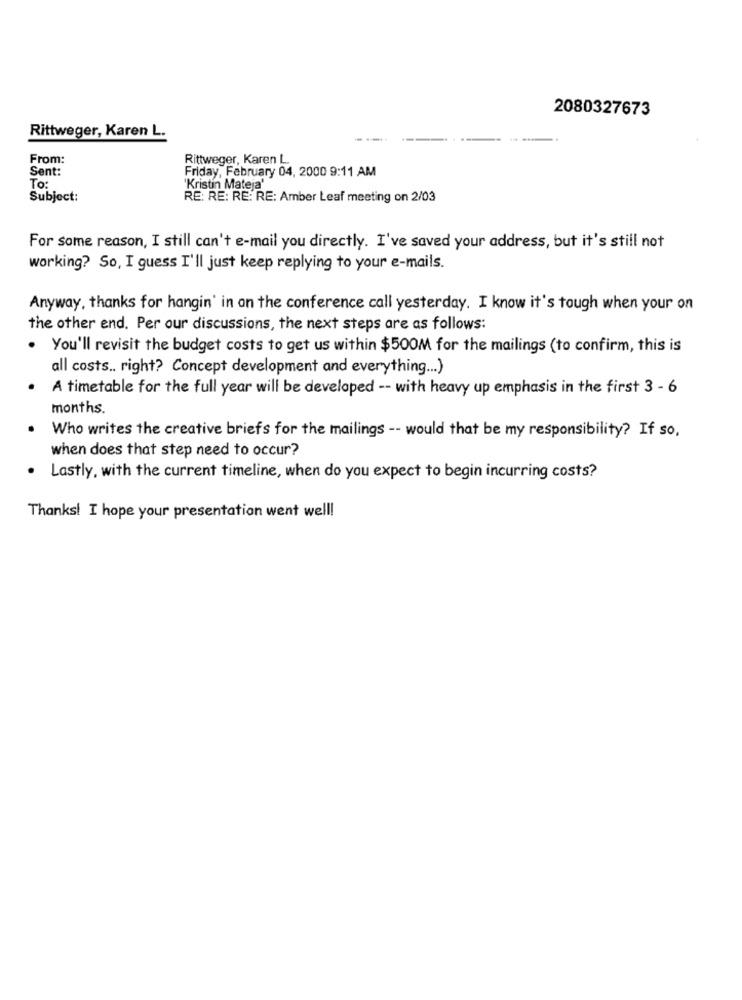
2080327673
Rittweger, Karen L.
From:
Rittweger, Karen L.
Sent:
Friday, February 04, 2000 9:11 AM
To:
'Kristin Mateja'
Subject:
RE: RE: RE: RE: Amber Leaf meeting on 2/03
For some reason, I still can't e-mail you directly. I've saved your address, but it's still not
working? So, I guess I'll just keep replying to your e-mails.
Anyway, thanks for hangin' in on the conference call yesterday. I know it's tough when your on
the other end. Per our discussions, the next steps are as follows:
. You'll revisit the budget costs to get us within $500M for the mailings (to confirm, this is
all costs .. right? Concept development and everything ... )
A timetable for the full year will be developed -- with heavy up emphasis in the first 3 - 6
months.
Who writes the creative briefs for the mailings -- would that be my responsibility? If so,
when does that step need to occur?
Lastly, with the current timeline, when do you expect to begin incurring costs?
Thanks! I hope your presentation went well!